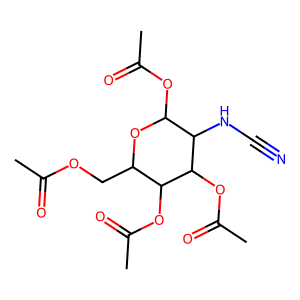
SMILES: CC(=O)OCC1OC(OC(C)=O)C(NC#N)C(OC(C)=O)C1OC(C)=O
Inhibits HIV replication: No